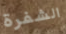
الشفرة